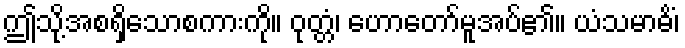
ဤသို့အစရှိသောစကားကို။ ဝုတ္တံ၊ ဟောတော်မူအပ်၏။ ယံသမာဓိံ၊